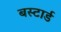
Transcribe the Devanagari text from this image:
बस्टार्ड